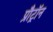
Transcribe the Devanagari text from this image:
प्रौट्रॉन